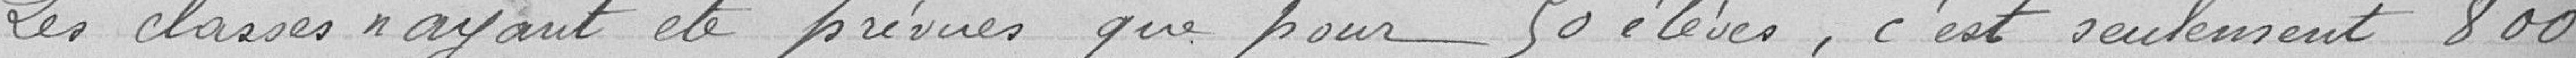
Les classes n'ayant été prévues que pour 50 élèves, c'est seulement 800